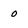
Character: 0